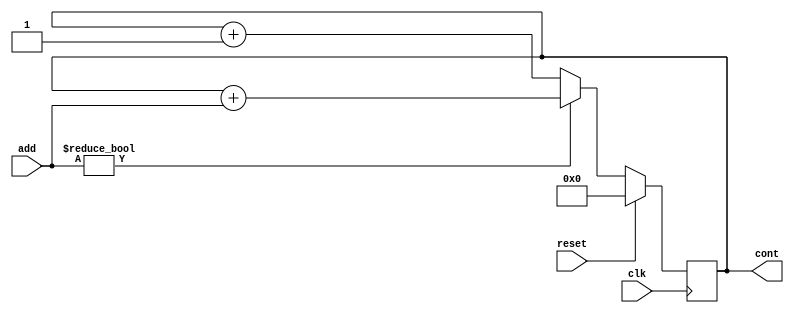
`timescale 1ns/1ns

module Programcounter (clk, reset, cont,add);

input		clk;//Seales de reloj
input		reset;//reset de reloj
input [63:0] add;
output	[63:0]	cont;//contador

// Las salidas se definen como registros tambin                                              
reg	[63:0]	cont;
always @ (posedge clk)
begin
  if (reset)
    cont <= 16'h0;
  else if (add)
    cont <= cont + add; 
  else 
    cont <= cont + 1'b1;
end
endmodule









// always @(posedge clk)
// 	if (!reset)
// 		cont = 16'h0000000000000000 + cont + 1;
// 	else
// 		cont = 0;